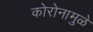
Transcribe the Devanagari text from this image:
कोरोनामुळे